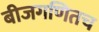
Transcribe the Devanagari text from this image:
बीजगणितच